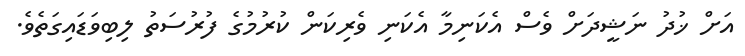
އަށް ޚުދު ނަޝީދަށް ވެސް އެކަނިމާ އެކަނި ވެރިކަން ކުރުމުގެ ފުރުސަތު ލިބިވަޑައިގަތެވެ.